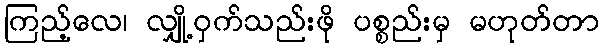
ကြည့်လေ၊ လျှို့ဝှက်သည်းဖို ပစ္စည်းမှ မဟုတ်တာ